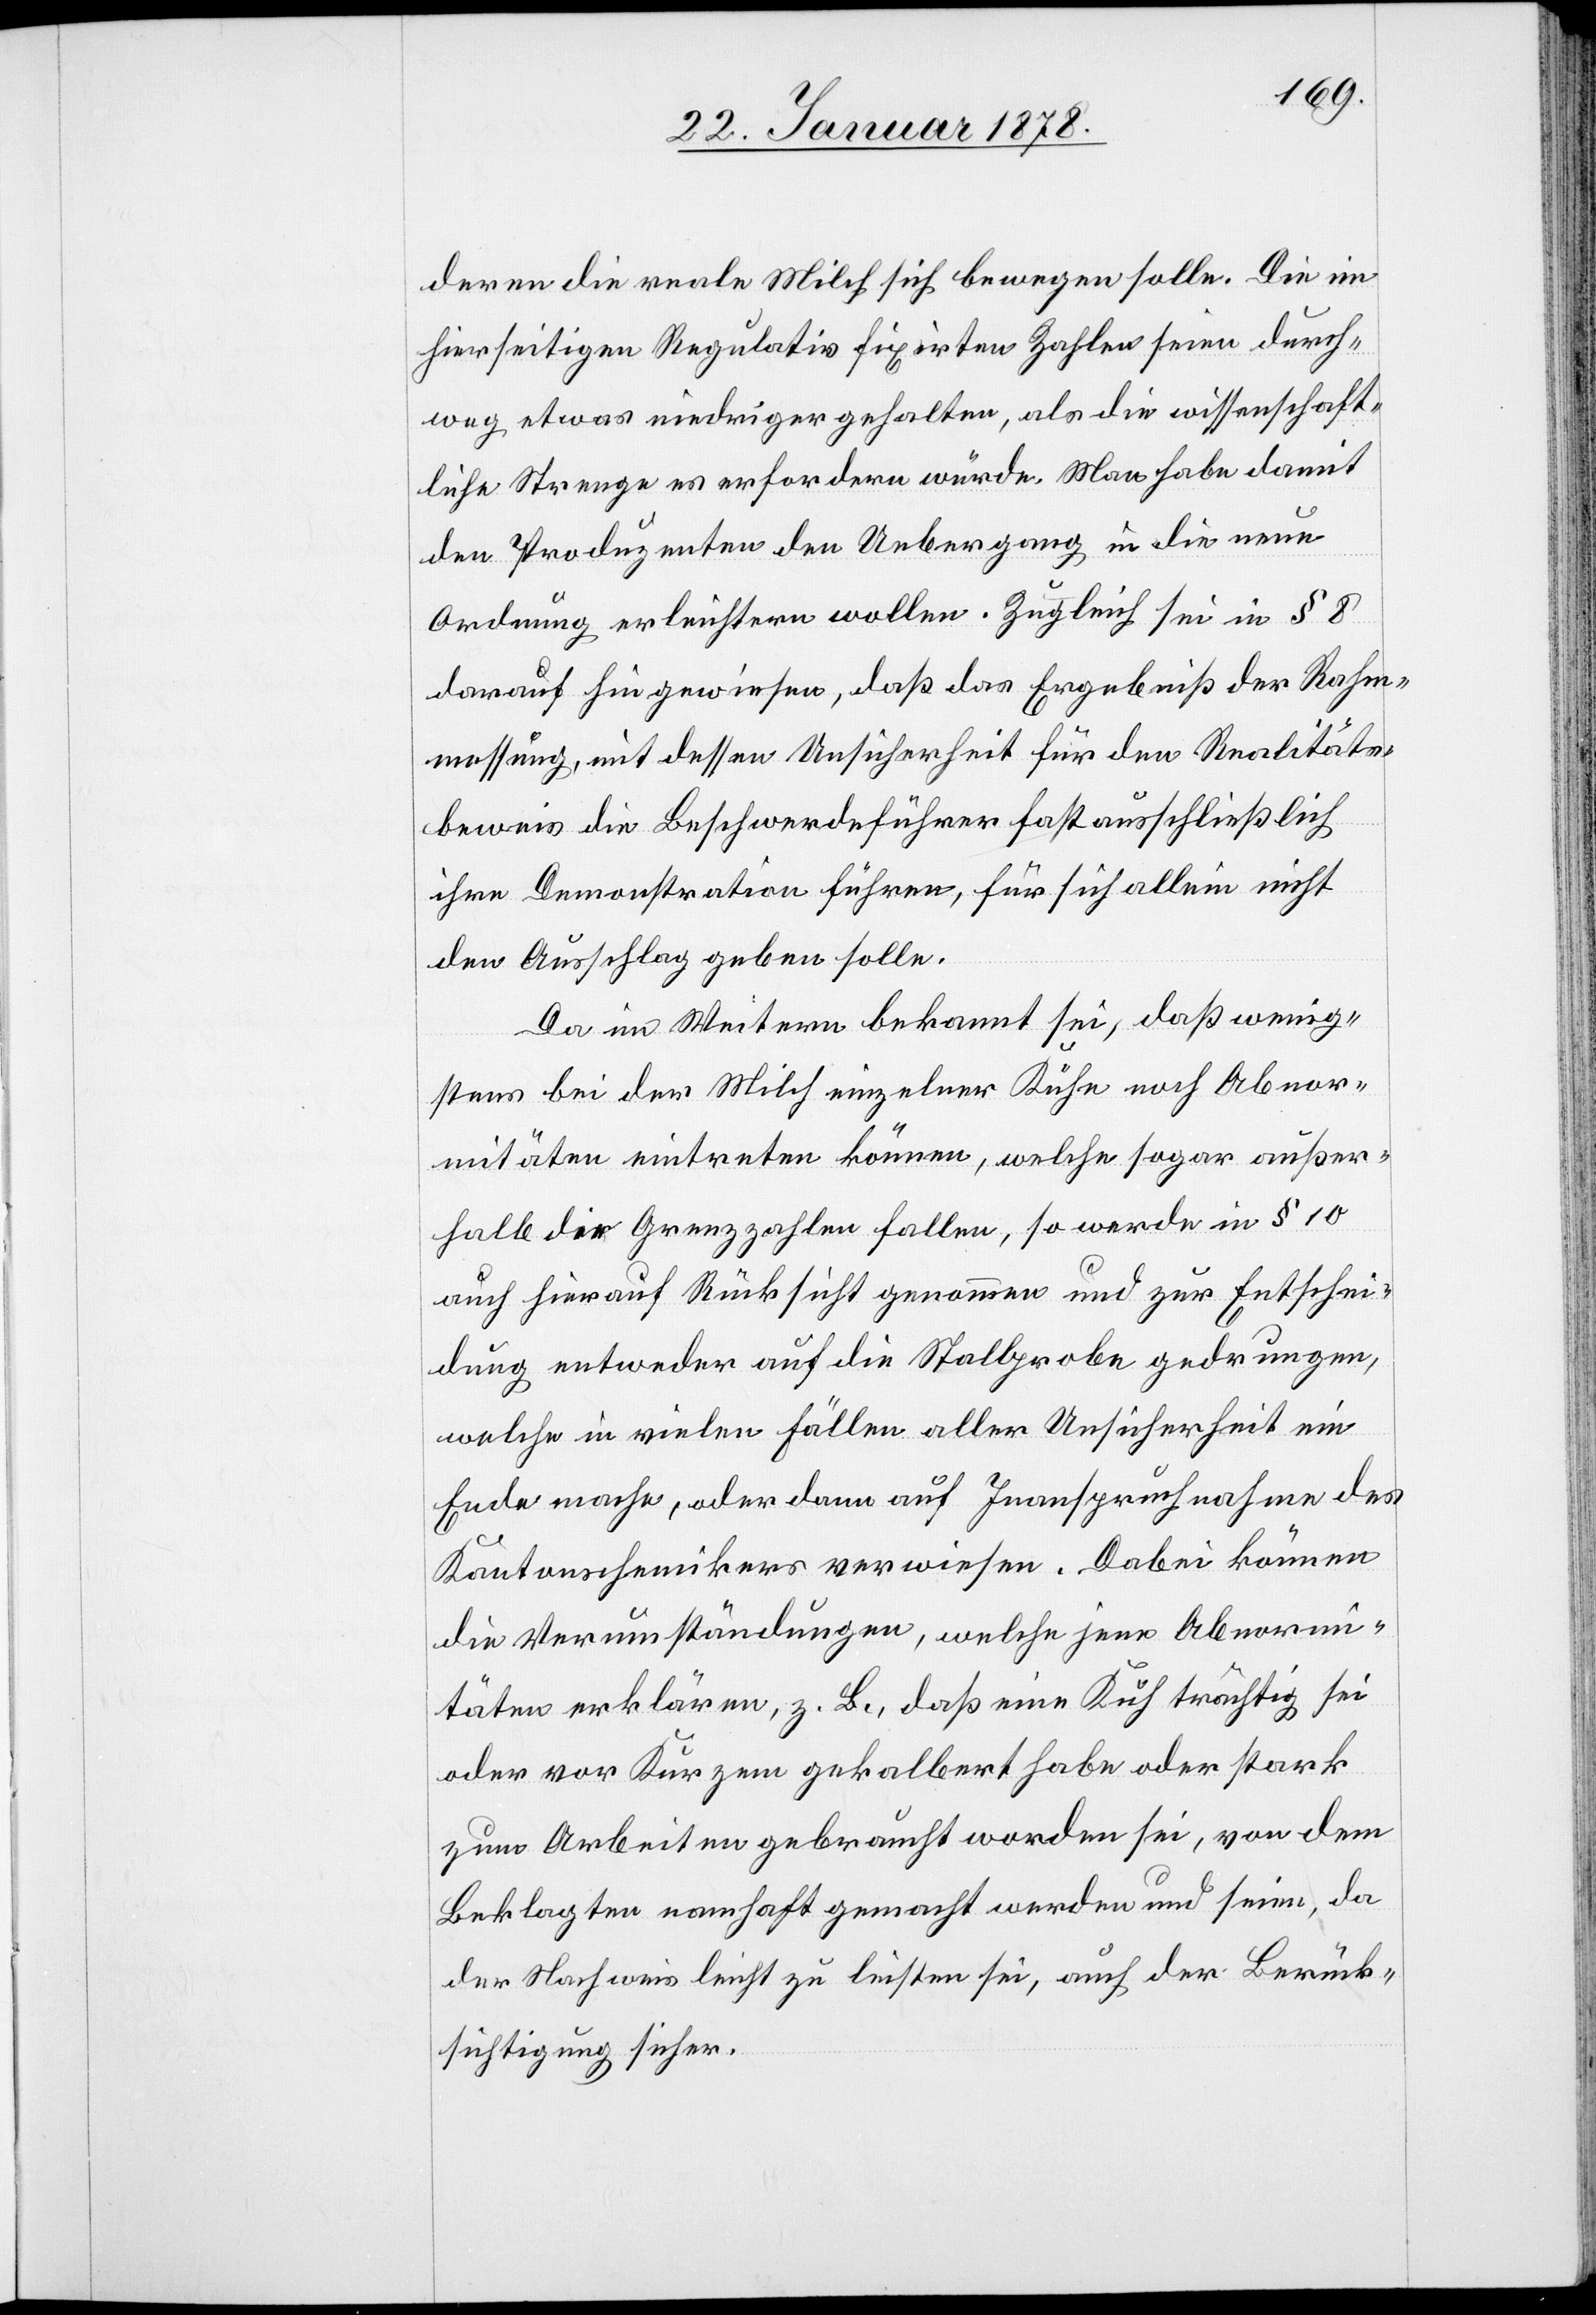
deren die reale Milch sich bewegen solle. Die im
hierseitigen Regulativ fixirten Zahlen seien durch¬
weg etwas niedriger gehalten, als die wissenschaft¬
liche Strenge es erfordern würde. Man habe damit
den Produzenten den Uebergang in die neue
Ordnung erleichtern wollen. Zugleich sei in § 8
darauf hingewiesen, daß das Ergebniß der Rahm¬
messung, nicht dessen Unsicherheit für den Realitäts¬
beweis die Beschwerdeführer fast ausschließlich
ihre Demonstration führen, für sich allein nicht
den Ausschlag geben sollen.
Da im Weiteren bekannt sei, daß wenig¬
stens bei der Milch einzelner Kühe noch Abnor¬
mitäten eintreten können, welche sogar außer¬
halb die Grenzzahlen fallen, so werde in § 10
auch hierauf Rücksicht genommen und zur Entschei¬
dung entweder auf die Stallprobe gedrungen,
welche in vielen Fällen aller Unsicherheit ein
Ende mache, oder dann auf Inanspruchnahme des
Kantonsstechnikers verwiesen. Dabei können
die Verumständungen, welche jene Abnorm¬
itäten erklären, z. B., daß eine Kuh trächtig sei
oder vor kurzem gekalbert habe oder stark
zum Arbeiten gebraucht worden sei, von dem
Beklagten nahmhaft gemacht werden und seien, da
der Nachweis leicht zu lüften sei, auch der Berück¬
sichtigung sicher.